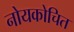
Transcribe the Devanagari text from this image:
नोयकोचित